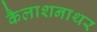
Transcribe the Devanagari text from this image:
कैलाशनाथर